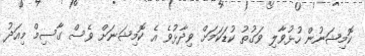
ކޮމިޝަނުން ހުޅުވާލި ވަގުތު ކުޑަކަމަށް ވިދާޅުވެ އެ ކޮމިޝަނަށް ވެސް ގާސިމް މިއަދު